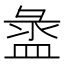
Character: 盝